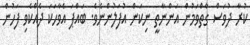
ކުރާ ދުވަސް ގާތްވަމުން އަންނާތީ ނިކަން އުފަލުންނެވެ. ބައްޕަ އެވާހަކަ ދެއްކެވި ފަހުން